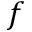
\boldsymbol { f }